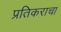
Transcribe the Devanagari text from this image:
प्रतिकराचा